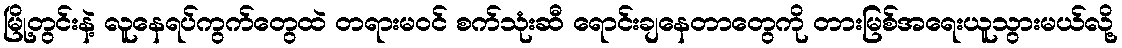
မြို့တွင်းနဲ့ လူနေရပ်ကွက်တွေထဲ တရားမဝင် စက်သုံးဆီ ရောင်းချနေတာတွေကို တားမြစ်အရေးယူသွားမယ်လို့